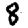
Digit: 8